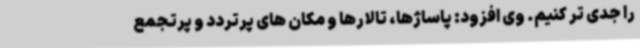
را جدی تر کنیم. وی افزود: پاساژها، تالارها و مکان های پرتردد و پرتجمع